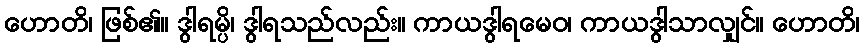
ဟောတိ၊ ဖြစ်၏။ ဒွါရမ္ပိ၊ ဒွါရသည်လည်း။ ကာယဒွါရမေဝ၊ ကာယဒွါသာလျှင်။ ဟောတိ၊